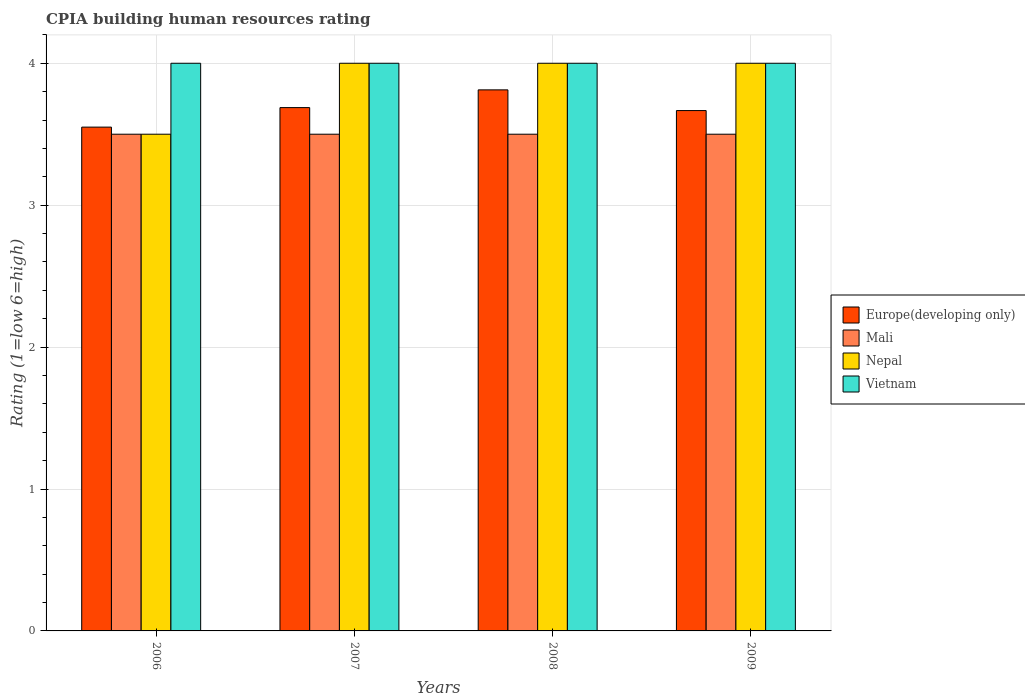
| Years | Europe(developing only) | Mali | Nepal | Vietnam |
 | --- | --- | --- | --- | --- |
 | 2006 | 3.55 | 3.5 | 3.5 | 4 |
 | 2007 | 3.69 | 3.5 | 4 | 4 |
 | 2008 | 3.81 | 3.5 | 4 | 4 |
 | 2009 | 3.67 | 3.5 | 4 | 4 |